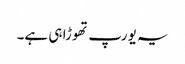
یہ یورپ تھوڑا ہی ہے۔